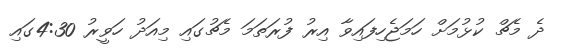
ދެ މެޗް ކުޅުމަށް ހަމަޖެހިފައިވާ އިރު ފުރަތަމަ މެޗުގައި މިއަދު ހަވީރު 4:30ގައި